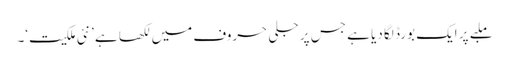
ملبے پر ایک بورڈ لگا دیا ہے جس پر جلی حروف میں لکھا ہے ’نئی ملکیت‘۔